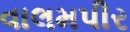
વાલમપીર